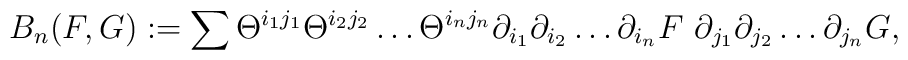
B_n(F,G):= \sum \Theta^{i_1 j_1} \Theta^{i_2 j_2} \dots  \Theta^{i_n j_n}\partial_{i_1} \partial_{i_2} \dots \partial_{i_n} F \ \partial_{j_1} \partial_{j_2}\dots \partial_{j_n} G,